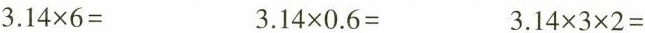
$$3.14 \times 6=$$ $$3.14 \times 0.6=$$ $$3.14 \times 3 \times 2=$$